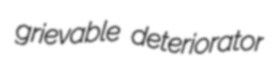
grievable deteriorator